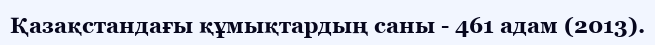
Қазақстандағы құмықтардың саны - 461 адам (2013).